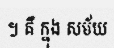
។ គឺ ក្នុង សម័យ